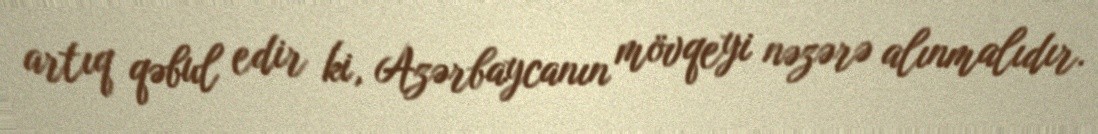
artıq qəbul edir ki, Azərbaycanın mövqeyi nəzərə alınmalıdır.